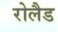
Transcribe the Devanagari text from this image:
रोलैड